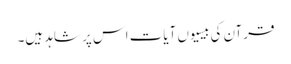
قرآن کی بیسیوں آیات اس پر شاہد ہیں۔